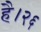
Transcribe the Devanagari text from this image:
है।२६